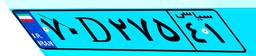
۰۲D۷۴۳۲۵